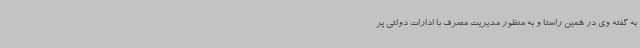
به گفته وی در همین راستا و به منظور مدیریت مصرف با ادارات دولتی پر